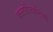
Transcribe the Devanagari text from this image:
कलादिग्दर्शनाची